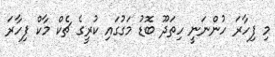
މި ފިހާރަ ހުންނަނީ ހިތަދޫ ބޮޑު މަގުގައި ކުރީގެ ޗެކް މާކް ފިހާރަ